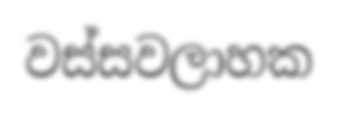
වස්සවලාහක